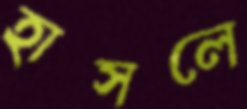
হাসলে